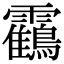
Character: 靍